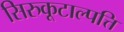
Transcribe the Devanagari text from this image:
सिरुकूटाल्पत्ति